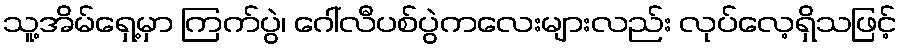
သူ့အိမ်ရှေ့မှာ ကြက်ပွဲ၊ ဂေါ်လီပစ်ပွဲကလေးများလည်း လုပ်လေ့ရှိသဖြင့်